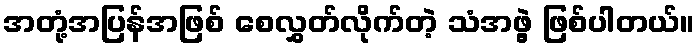
အတုံ့အပြန်အဖြစ် စေလွှတ်လိုက်တဲ့ သံအဖွဲ့ ဖြစ်ပါတယ်။